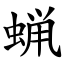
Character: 蝋